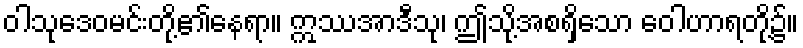
ဝါသုဒေဝမင်းတို့၏နေရာ။ ဣဿအာဒီသု၊ ဤသို့အစရှိသော ဝေါဟာရတို့၌။